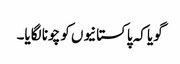
گویا کہ پاکستانیوں کو چونا لگایا۔